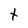
Character: t